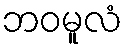
ဘဝမူလံ